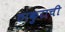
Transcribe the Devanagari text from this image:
ठाकुराची